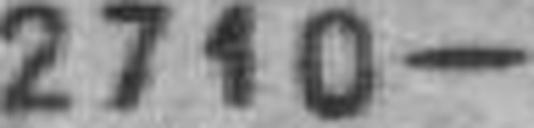
2710—